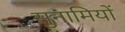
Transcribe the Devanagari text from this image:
सुनामियों